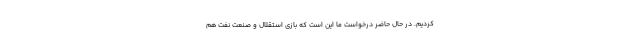
کردیم. در حال حاضر درخواست ما این است که بازی استقلال و صنعت نفت هم